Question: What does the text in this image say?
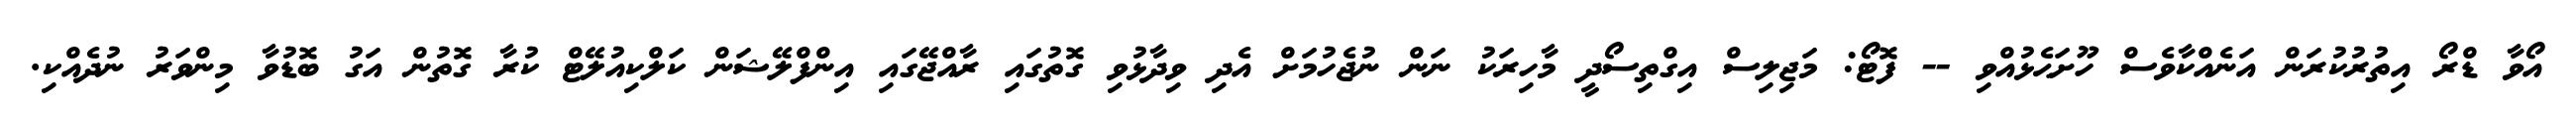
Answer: އޯވާ ޑްރޯ އިތުރުކުރަން އަނެއްކާވެސް ހޫށަޙެޅުއްވި -- ފޮޓޯ: މަޖިލިސް އިގްތިސޯދީ މާހިރަކު ނަން ނުޖެހުމަށް އެދި ވިދާޅުވި ގޮތުގައި ރާއްޖޭގައި އިންފްލޭޝަން ކަލްކިއުލޭޓް ކުރާ ގޮތުން އަގު ބޮޑުވާ މިންވަރު ނުދެއްކި.